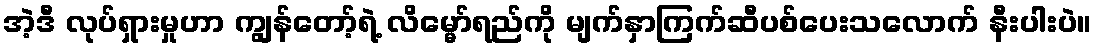
အဲ့ဒီ လုပ်ရှားမှုဟာ ကျွန်တော့်ရဲ့ လိမ္မော်ရည်ကို မျက်နှာကြက်ဆီပစ်ပေးသလောက် နီးပါးပဲ။